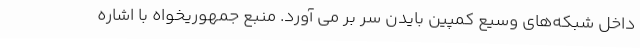
داخل شبکه‌های وسیع کمپین بایدن سر بر می آورد. منبع جمهوریخواه با اشاره